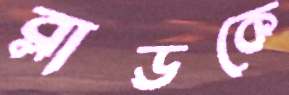
ব্লাডকে